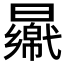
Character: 𣍑